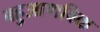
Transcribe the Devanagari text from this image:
बहुआणविक